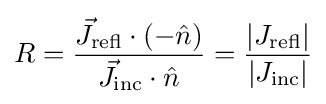
R={\frac {{\vec {J}}_{\mathrm {refl} }\cdot \left(-{\hat {n}}\right)}{{\vec {J}}_{\mathrm {inc} }\cdot {\hat {n}}}}={\frac {|J_{\mathrm {refl} }|}{|J_{\mathrm {inc} }|}}